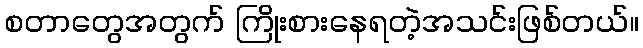
စတာတွေအတွက် ကြိုးစားနေရတဲ့အသင်းဖြစ်တယ်။